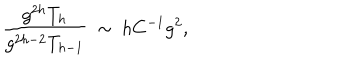
LaTeX: \frac { g ^ { 2 h } T _ { h } } { g ^ { 2 h - 2 } T _ { h - 1 } } \ \sim \ h C ^ { - 1 } g ^ { 2 } ,